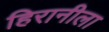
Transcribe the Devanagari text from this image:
हिरानीला